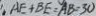
A E + B E = A B = 3 0